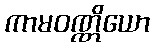
ကာမဝဏ္ဏိယော